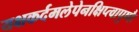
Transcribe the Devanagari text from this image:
यक्षकर्दमलेपेनक्षिप्त्वापुष्पैः